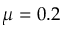
\mu = 0 . 2